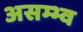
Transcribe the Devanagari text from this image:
असम्भ्व